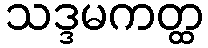
သဒ္ဒမကတ္ထ